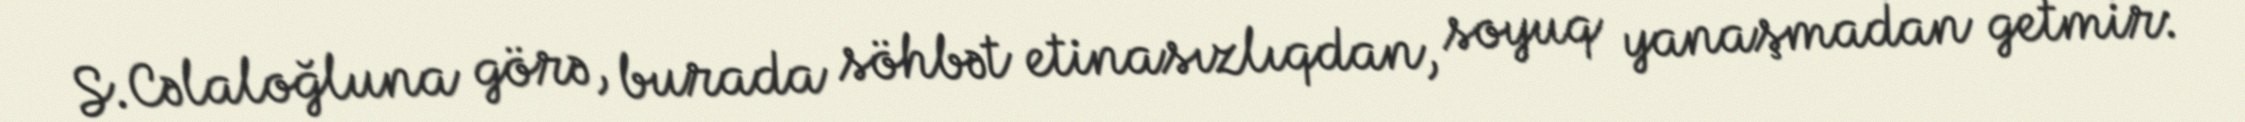
S.Cəlaloğluna görə, burada söhbət etinasızlıqdan, soyuq yanaşmadan getmir: